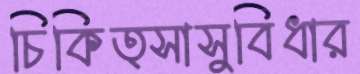
চিকিত্সাসুবিধার